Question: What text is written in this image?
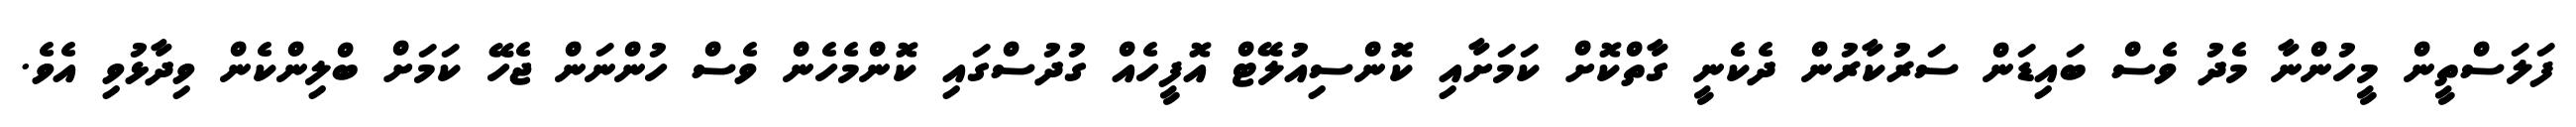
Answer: ފަލަސްތީން މީހުންނާ މެދު ވެސް ބައިޑަން ސަރުކާރުން ދެކެނީ ގާތްކޮށް ކަމަށާއި ކޮންސިއުލޭޓް އޮފީހެއް ގުދުސްގައި ކޮންމެހެން ވެސް ހުންނަން ޖެހޭ ކަމަށް ބްލިންކެން ވިދާޅުވި އެވެ.